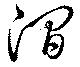
澗